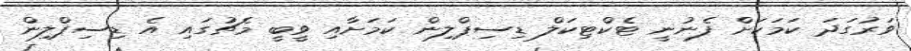
ވަރުގަދަ ކަމަކަށް ފެނުނީ ޓެކްޓިކަލް ޑިސިޕްލިން ކަމަށާއި ވީބީ މެޗުގައި އެ ޑިސިޕްލިން